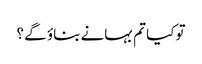
تو کیا تم بہانے بناؤ گے ؟